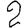
Digit: 2